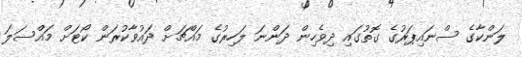
ލަންކާގެ ސްނައިޕަރުގެ ގޮތުގައި ދިވެހިން ދަންނަ ލަހިރުގެ މައްޗަށް ދައުވާކުރަން ކޯޓަށް މައްސަލަ